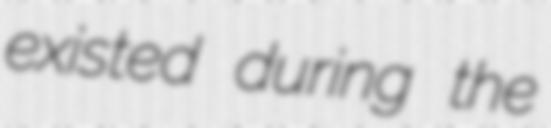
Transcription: existed during the